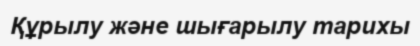
Құрылу және шығарылу тарихы